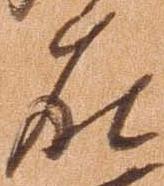
在